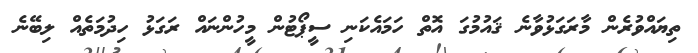
ތިޔައްވުރެން މާރަގަޅުވާނެ ޤައުމުގަ އޮތް ހަމައެކަނި ސީޕޯޓުން މީހުންނައް ރަގަޅު ހިދުމަތެއް ލިބޭނެ